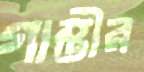
গাম্ভীর